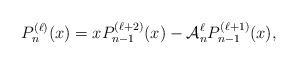
LaTeX: \begin{align*}P_n^{(\ell)}(x)=xP_{n-1}^{(\ell+2)}(x)-\mathcal{A}_n^\ell P_{n-1}^{(\ell+1)}(x),\end{align*}